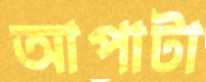
আপাটা